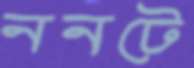
ননটে